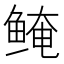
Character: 𬶖